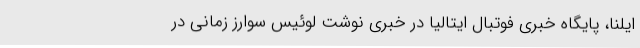
ایلنا، پایگاه خبری فوتبال ایتالیا در خبری نوشت لوئیس سوارز زمانی در